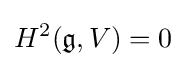
H^{2}({\mathfrak {g}},V)=0